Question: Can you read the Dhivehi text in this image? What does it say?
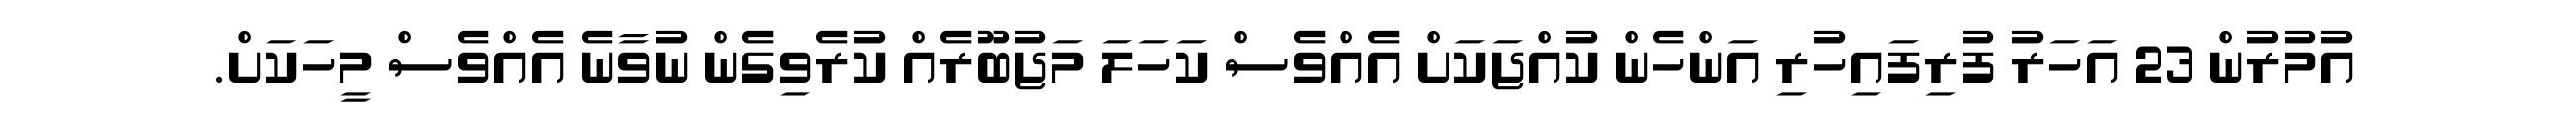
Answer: އުމުރުން 23 އަހަރު ފުރިފައިހުރި އަންހެން ކުއްޖަކަށް އެއްވެސް ކަހަލަ މަޖުބޫރެއް ކުރެވިގެން ނުވާނެ އެއްވެސް މީހަކަށް.